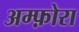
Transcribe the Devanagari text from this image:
अम्फ़ोरा